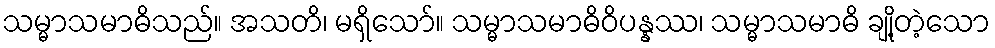
သမ္မာသမာဓိသည်။ အသတိ၊ မရှိသော်။ သမ္မာသမာဓိဝိပန္နဿ၊ သမ္မာသမာဓိ ချို့တဲ့သော